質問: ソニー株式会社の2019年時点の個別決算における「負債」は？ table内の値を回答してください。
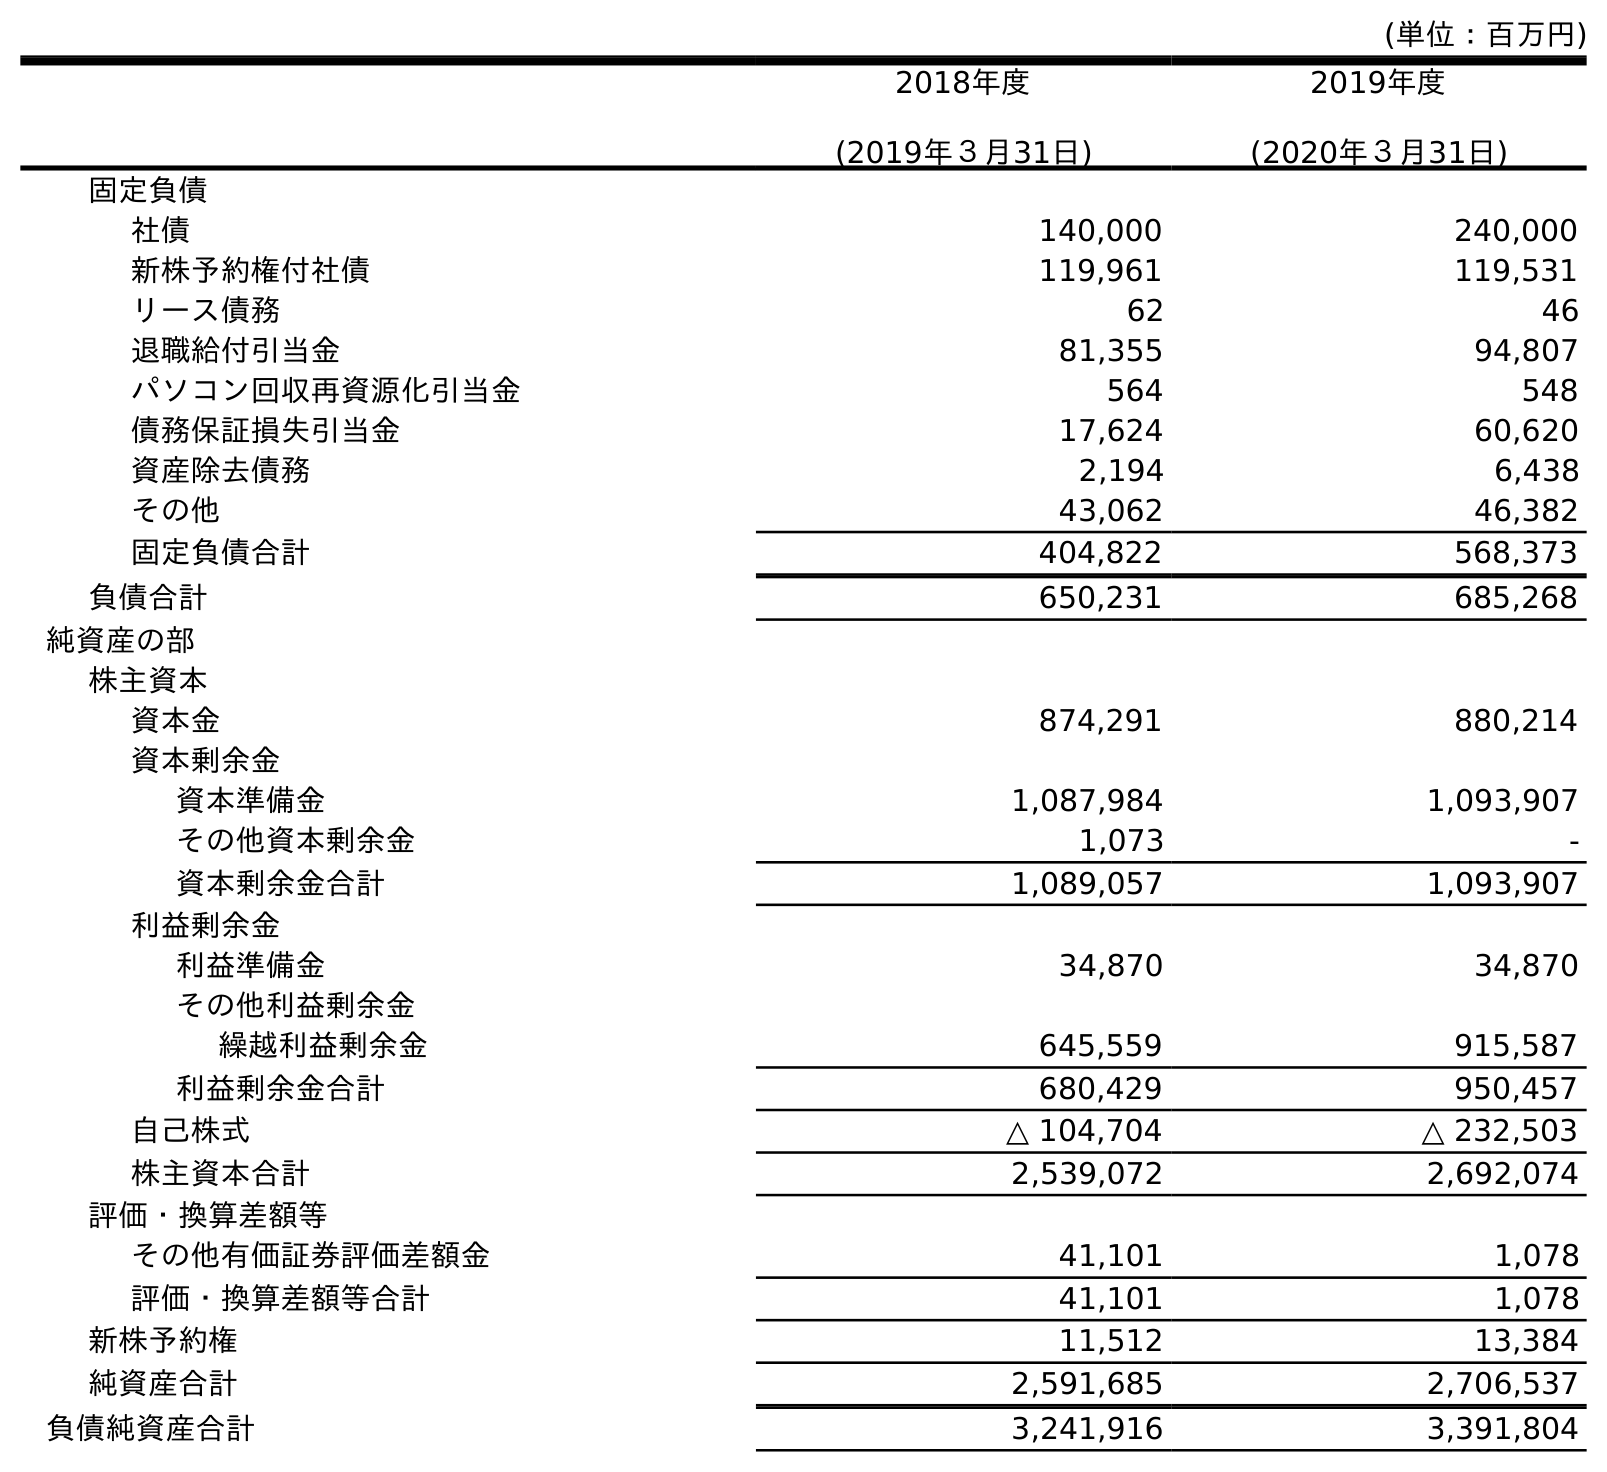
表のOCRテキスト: (単位：百万円) 2018年度 (2019年３月31日) 2019年度 (2020年３月31日) 固定負債 社債 140,000 240,000 新株予約権付社債 119,961 119,531 リース債務 62 46 退職給付引当金 81,355 94,807 パソコン回収再資源化引当金 564 548 債務保証損失引当金 17,624 60,620 資産除去債務 2,194 6,438 その他 43,062 46,382 固定負債合計 404,822 568,373 負債合計 650,231 685,268 純資産の部 株主資本 資本金 874,291 880,214 資本剰余金 資本準備金 1,087,984 1,093,907 その他資本剰余金 1,073 - 資本剰余金合計 1,089,057 1,093,907 利益剰余金 利益準備金 34,870 34,870 その他利益剰余金 繰越利益剰余金 645,559 915,587 利益剰余金合計 680,429 950,457 自己株式 △ 104,704 △ 232,503 株主資本合計 2,539,072 2,692,074 評価・換算差額等 その他有価証券評価差額金 41,101 1,078 評価・換算差額等合計 41,101 1,078 新株予約権 11,512 13,384 純資産合計 2,591,685 2,706,537 負債純資産合計 3,241,916 3,391,804
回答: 650,231